On a parasite found in the white corpuscles of the blood of dogs - Number 14
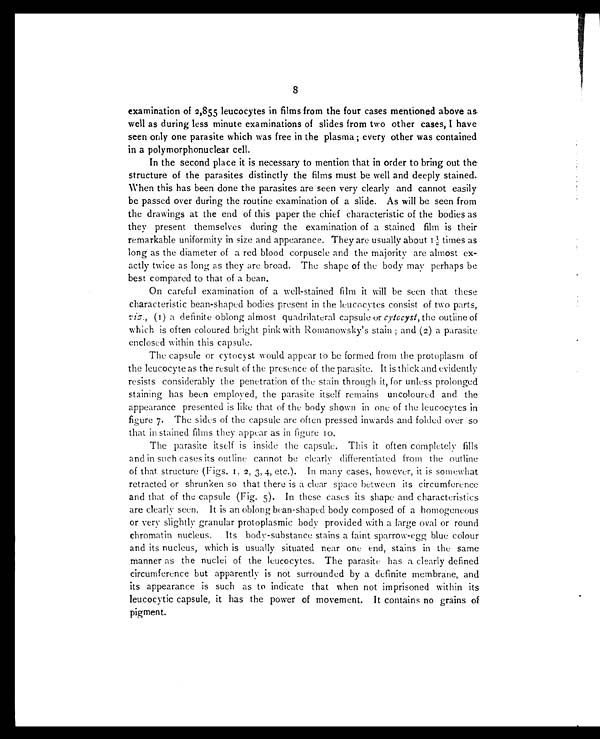
8
examination of 2,855 leucocytes in films from the four cases mentioned above as
well as during less minute examinations of slides from two other cases, I have
seen only one parasite which was free in the plasma ; every other was contained
in a polymorphonuclear cell.
In the second place it is necessary to mention that in order to bring out the
structure of the parasites distinctly the films must be well and deeply stained.
When this has been done the parasites are seen very clearly and cannot easily
be passed over during the routine examination of a slide. As will be seen from
the drawings at the end of this paper the chief characteristic of the bodies as
they present themselves during the examination of a stained film is their
remarkable uniformity in size and appearance. They are usually about 1½ times as
long as the diameter of a red blood corpuscle and the majority are almost ex-
actly twice as long as they are broad. The shape of the body may perhaps be
best compared to that of a bean.
On careful examination of a well-stained film it will be seen that these
characteristic bean-shaped bodies present in the leucocytes consist of two parts,
viz., (1) a definite oblong almost quadrilateral capsule or cytocyst, the outline of
which is often coloured bright pink with Romanowsky's stain ; and (2) a parasite
enclosed within this capsule.
The capsule or cytocyst would appear to be formed from the protoplasm of
the leucocyte as the result of the presence of the parasite. It is thick and evidently
resists considerably the penetration of the stain through it, for unless prolonged
staining has been employed, the parasite itself remains uncoloured and the
appearance presented is like that of the body shown in one of the leucocytes in
figure 7. The sides of the capsule are often pressed inwards and folded over so
that in stained films they appear as in figure 10.
The parasite itself is inside the capsule. This it often completely fills
and in such cases its outline cannot be clearly differentiated from the outline
of that structure (Figs. 1, 2, 3, 4, etc.). In many cases, however, it is somewhat
retracted or shrunken so that there is a clear space between its circumference
and that of the capsule (Fig. 5). In these cases its shape and characteristics
are clearly seen. It is an oblong bean-shaped body composed of a homogeneous
or very slightly granular protoplasmic body provided with a large oval or round
chromatin nucleus. Its body-substance stains a faint sparrow-egg blue colour
and its nucleus, which is usually situated near one end, stains in the same
manner as the nuclei of the leucocytes. The parasite has a clearly defined
circumference but apparently is not surrounded by a definite membrane, and
its appearance is such as to indicate that when not imprisoned within its
leucocytic capsule, it has the power of movement. It contains no grains of
pigment.